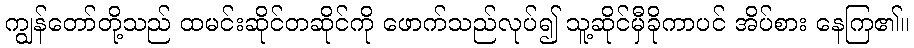
ကျွန်တော်တို့သည် ထမင်းဆိုင်တဆိုင်ကို ဖောက်သည်လုပ်၍ သူ့ဆိုင်မှီခိုကာပင် အိပ်စား နေကြ၏။